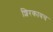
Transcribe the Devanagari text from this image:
शिरकावच